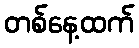
တစ်နေ့ထက်